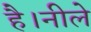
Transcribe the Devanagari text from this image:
है।नीले